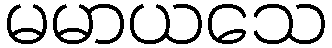
မမာယသေ